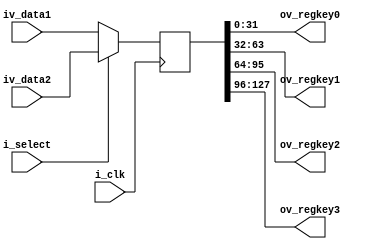
module reg_key(
        i_clk,
        i_select,
        iv_data1,
        iv_data2,
        ov_regkey0,
        ov_regkey1,
        ov_regkey2,
        ov_regkey3
        );
  input i_clk;
  input i_select;
  input[127:0] iv_data1;
  input[127:0] iv_data2;
  output[31:0] ov_regkey0;
  output[31:0] ov_regkey1;
  output[31:0] ov_regkey2;
  output[31:0] ov_regkey3;

  wire[127:0] wv_key; 
  reg[127:0] rv_key; 
 
  assign wv_key = (i_select)? iv_data2 : iv_data1;
  assign ov_regkey0 = rv_key[31:0];
  assign ov_regkey1 = rv_key[63:32];
  assign ov_regkey2 = rv_key[95:64];
  assign ov_regkey3 = rv_key[127:96];

  always @(posedge i_clk)
    begin
      rv_key <= wv_key;
    end
endmodule